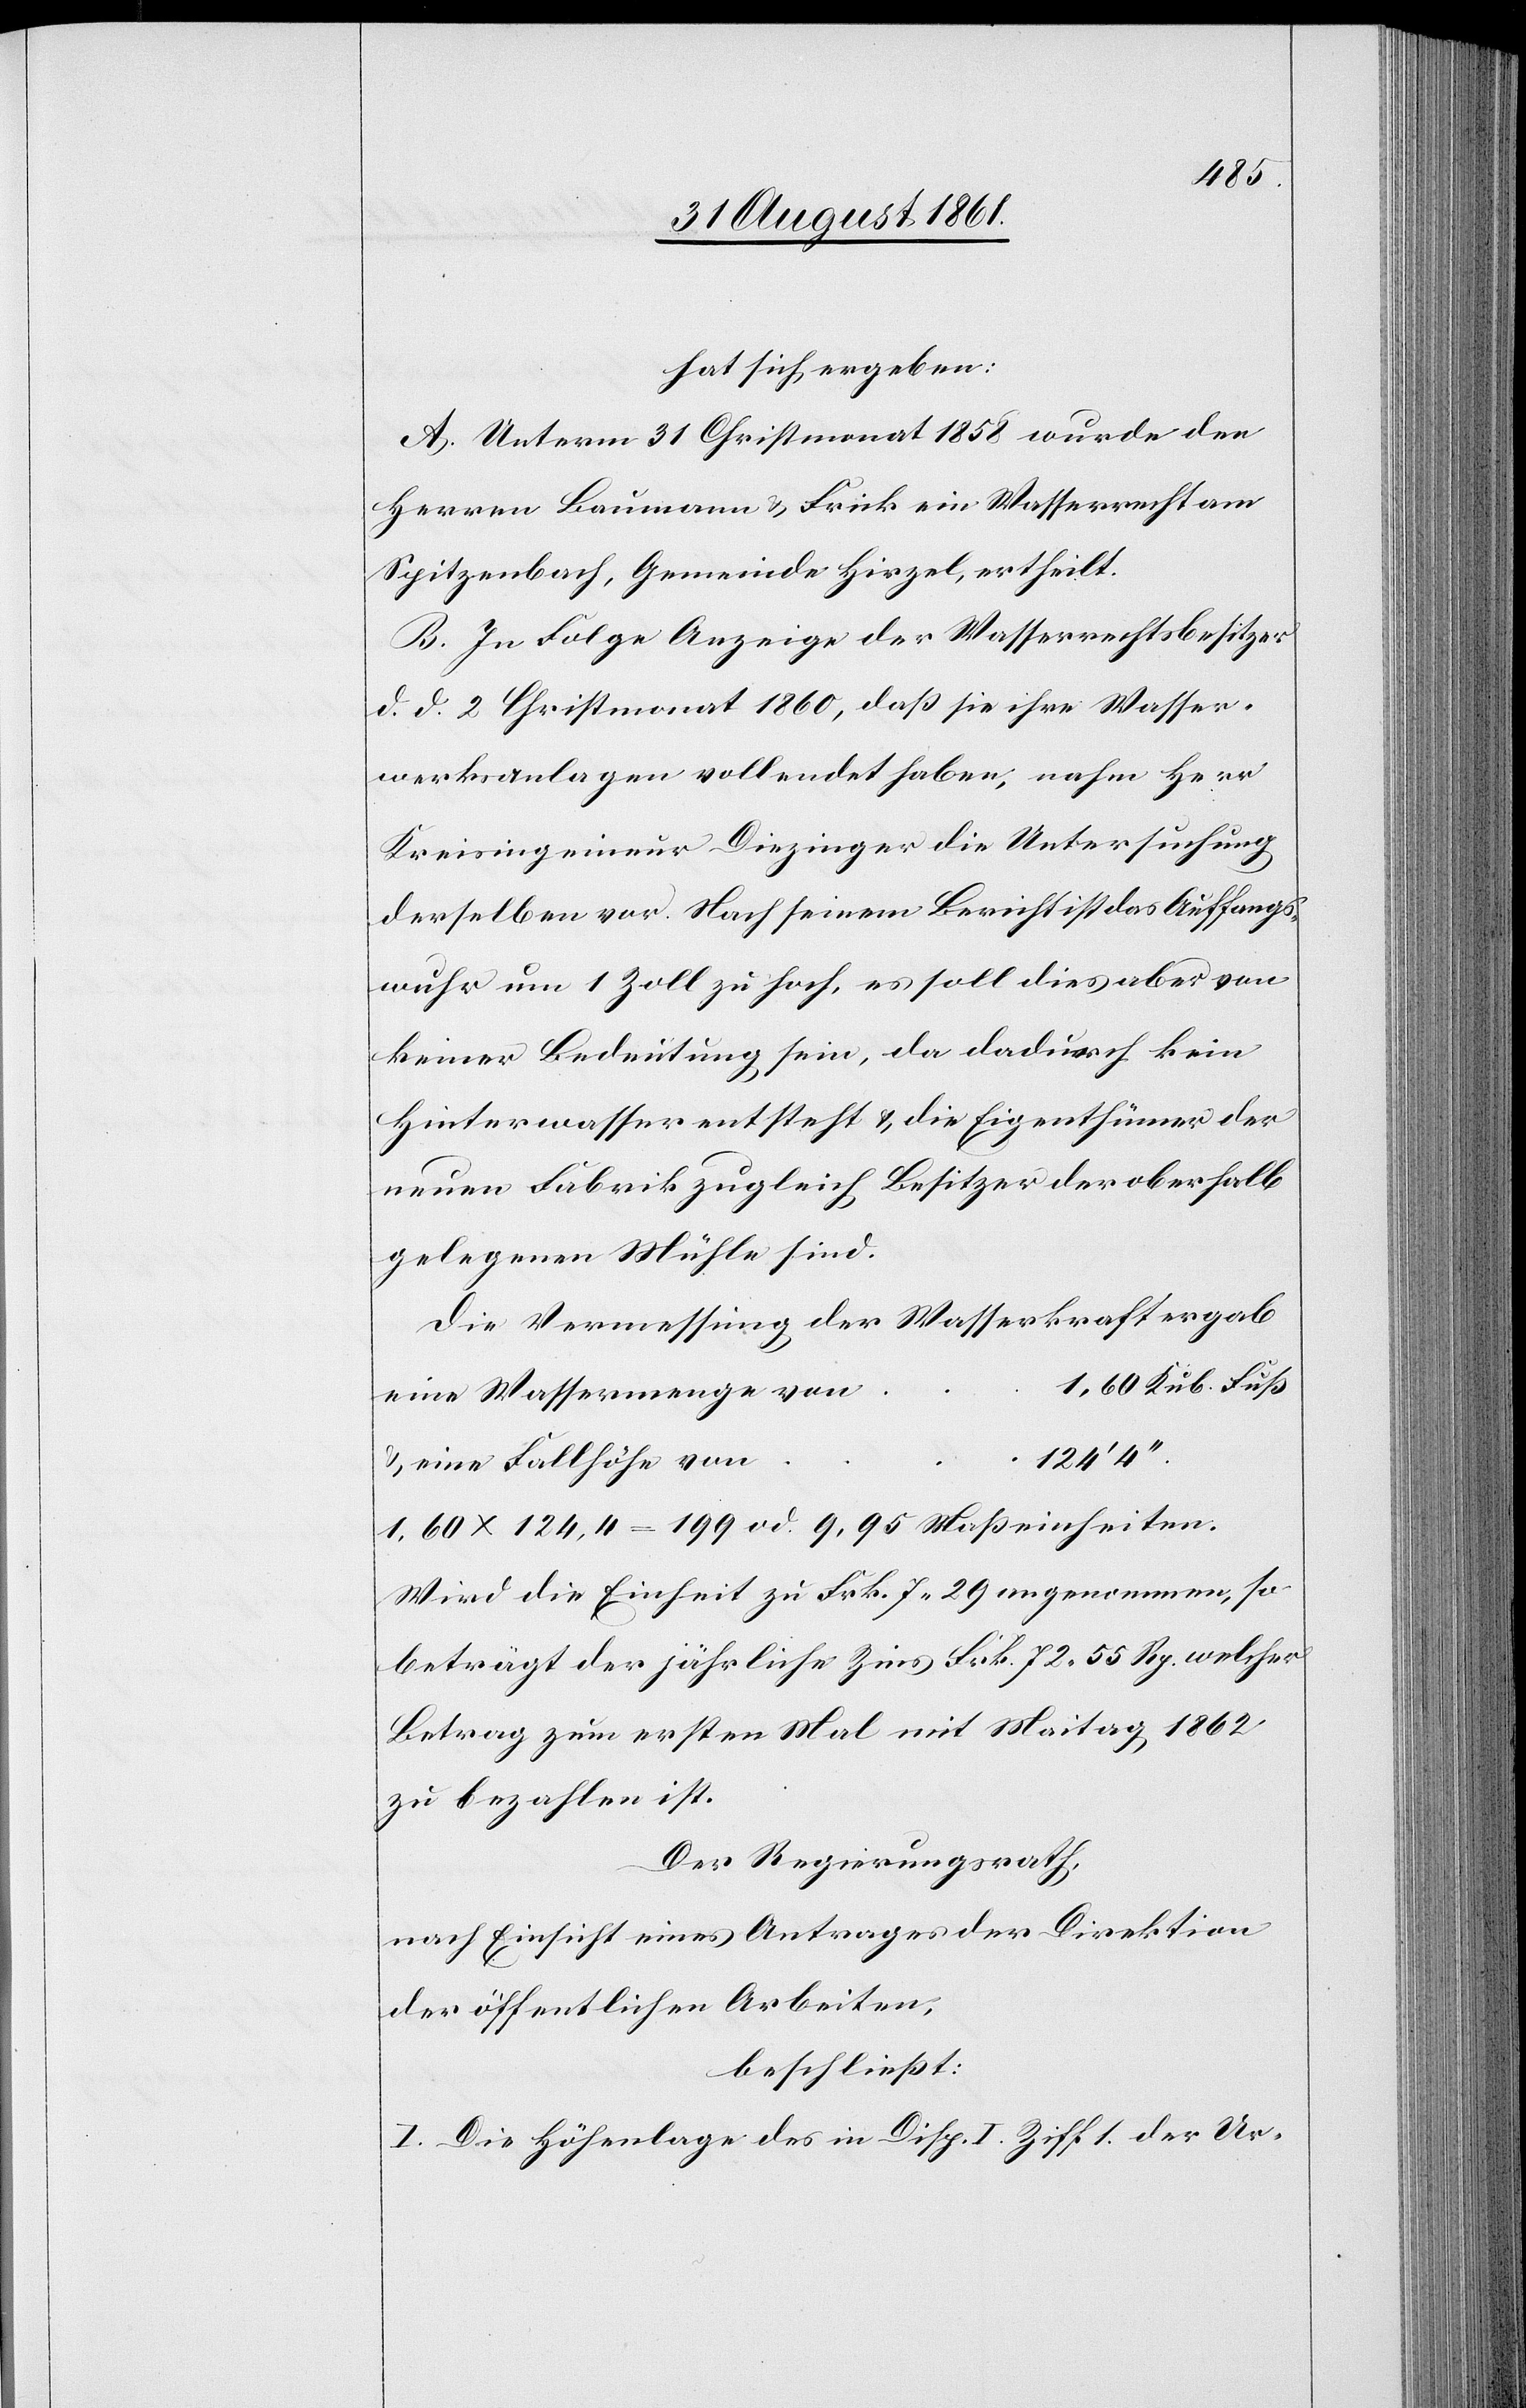
hat sich ergeben:
A. Unterm 31 Christmonat 1858 wurde den
Herren Baumann u. Frick ein Wasserrecht am
Spitzenbach, Gemeinde Hirzel, ertheilt.
B. In Folge Anzeige der Wasserrechtsbesitzer
d. d. 2 Christmonat 1860, daß sie ihre Wasser¬
werksanlagen vollendet haben, nahm Herr
Kreisingenieur Diezinger die Untersuchung
derselben vor. Nach seinem Bericht ist das Auffangs¬
wuhr um 1 Zoll zu hoch, es soll dies aber von
keiner Bedeutung sein, da dadurch kein
Hinterwasser entsteht u. die Eigenthümer der
neuen Fabrik zugleich Besitzer der oberhalb
gelegenen Mühle sind.
Die Vermessung der Wasserkraft ergab
n	1,60 Kub. Fuß
eine Wassermenge vo¬
1.60 x 124,4 = 199 od. 9.95 Maßeinheiten.
Wird die Einheit zu Frk. 7.29 angenommen, so
beträgt der jährliche Zins Frk. 72. 55 Rp. welcher
Betrag zum ersten Mal mit Maitag 1862
zu bezahlen ist.
Der Regierungsrath,
nach Einsicht eines Antrages der Direktion
der öffentlichen Arbeiten,
beschließt:
I. Die Höhenlage des in Disp. I Ziff 1 der Ur-